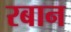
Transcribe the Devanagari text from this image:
रबान